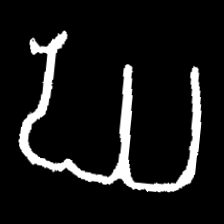
Pyu character \u2014 Myanmar letter: ဃ (romanized: gha)